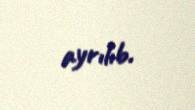
ayrılıb.